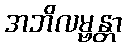
အဘိလမ္ဗန္တာ